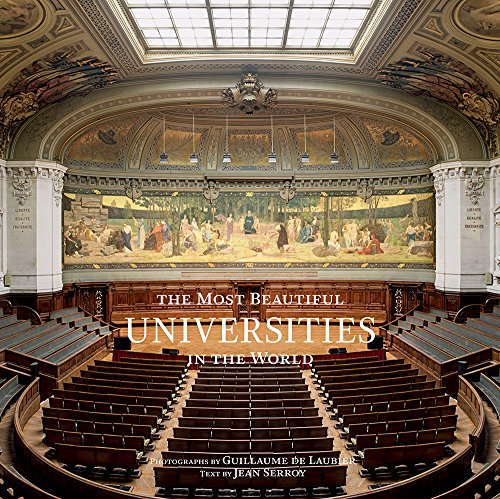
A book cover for The Most Beautiful Universities in the World; Jean Serroy; Arts & Photography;